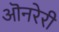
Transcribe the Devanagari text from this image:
ऒनरेरी